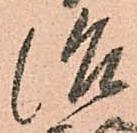
治